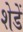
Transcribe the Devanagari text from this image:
शेडें